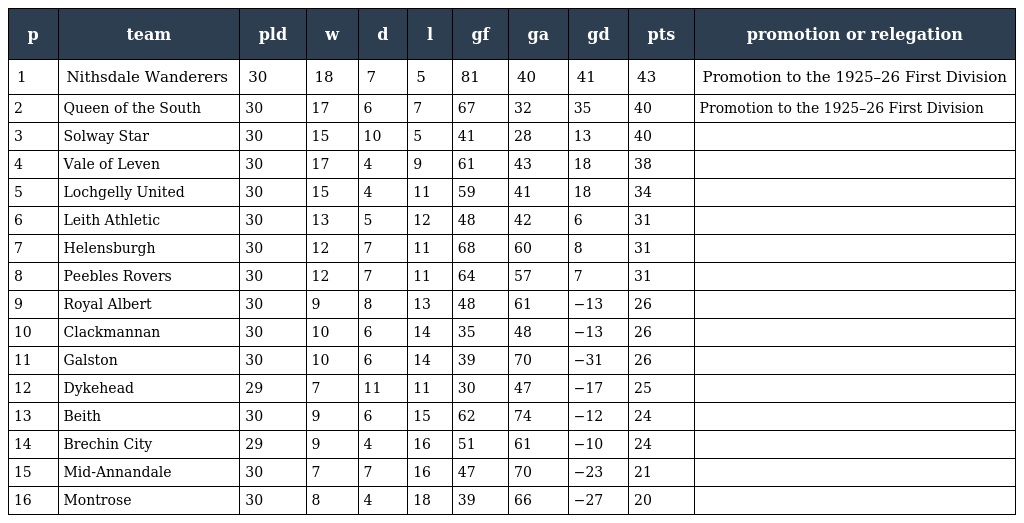
| p | team | pld | w | d | l | gf | ga | gd | pts | promotion or relegation |
 | --- | --- | --- | --- | --- | --- | --- | --- | --- | --- | --- |
 | 1 | Nithsdale Wanderers | 30 | 18 | 7 | 5 | 81 | 40 | 41 | 43 | Promotion to the 1925–26 First Division |
 | 2 | Queen of the South | 30 | 17 | 6 | 7 | 67 | 32 | 35 | 40 | Promotion to the 1925–26 First Division |
 | 3 | Solway Star | 30 | 15 | 10 | 5 | 41 | 28 | 13 | 40 |  |
 | 4 | Vale of Leven | 30 | 17 | 4 | 9 | 61 | 43 | 18 | 38 |  |
 | 5 | Lochgelly United | 30 | 15 | 4 | 11 | 59 | 41 | 18 | 34 |  |
 | 6 | Leith Athletic | 30 | 13 | 5 | 12 | 48 | 42 | 6 | 31 |  |
 | 7 | Helensburgh | 30 | 12 | 7 | 11 | 68 | 60 | 8 | 31 |  |
 | 8 | Peebles Rovers | 30 | 12 | 7 | 11 | 64 | 57 | 7 | 31 |  |
 | 9 | Royal Albert | 30 | 9 | 8 | 13 | 48 | 61 | −13 | 26 |  |
 | 10 | Clackmannan | 30 | 10 | 6 | 14 | 35 | 48 | −13 | 26 |  |
 | 11 | Galston | 30 | 10 | 6 | 14 | 39 | 70 | −31 | 26 |  |
 | 12 | Dykehead | 29 | 7 | 11 | 11 | 30 | 47 | −17 | 25 |  |
 | 13 | Beith | 30 | 9 | 6 | 15 | 62 | 74 | −12 | 24 |  |
 | 14 | Brechin City | 29 | 9 | 4 | 16 | 51 | 61 | −10 | 24 |  |
 | 15 | Mid-Annandale | 30 | 7 | 7 | 16 | 47 | 70 | −23 | 21 |  |
 | 16 | Montrose | 30 | 8 | 4 | 18 | 39 | 66 | −27 | 20 |  |